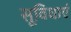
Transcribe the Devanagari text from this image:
सूविधाएं